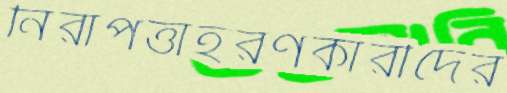
নিরাপত্তাহরণকারীদের